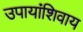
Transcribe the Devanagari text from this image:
उपायांशिवाय